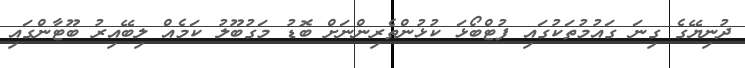
ދުނިޔޭގެ ގިނަ ގައުމުތަކުގައި ފުޓްބޯޅަ ކުޅުންތެރިންނަށް ބޮޑު މަގުބޫލު ކަމެއް ލިބޭއިރު ބޫޓާންގައި